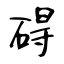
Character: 碍